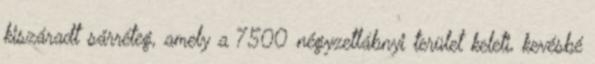
kiszáradt sárréteg, amely a 7500 négyzetlábnyi terület keleti, kevésbé